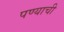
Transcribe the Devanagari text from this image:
पण्याची